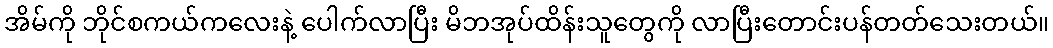
အိမ်ကို ဘိုင်စကယ်ကလေးနဲ့ ပေါက်လာပြီး မိဘအုပ်ထိန်းသူတွေကို လာပြီးတောင်းပန်တတ်သေးတယ်။